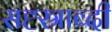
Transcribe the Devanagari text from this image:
सह्स्राब्दी